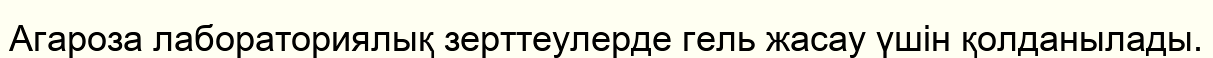
Агароза лабораториялық зерттеулерде гель жасау үшін қолданылады.